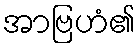
အာဗြဟံ၏